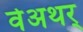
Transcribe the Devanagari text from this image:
वेअथर्